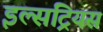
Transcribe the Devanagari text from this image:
इल्सट्रियस